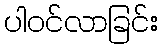
ပါဝင်လာခြင်း